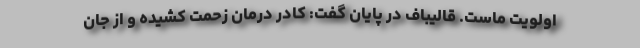
اولویت ماست. قالیباف در پایان گفت: کادر درمان زحمت کشیده و از جان